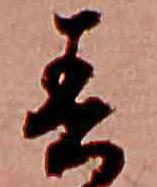
春